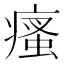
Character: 瘙